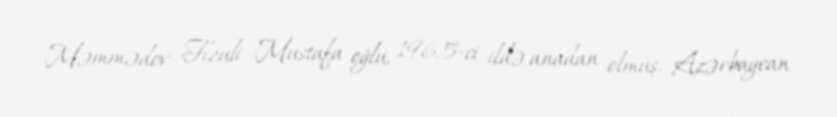
Məmmədov Fizuli Mustafa oğlu, 1965-ci ildə anadan olmuş, Azərbaycan